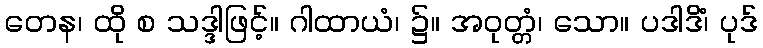
တေန၊ ထို စ သဒ္ဒါဖြင့်။ ဂါထာယံ၊ ၌။ အဝုတ္တံ၊ သော။ ပဒါဒိံ၊ ပုဒ်